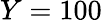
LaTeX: Y=100